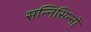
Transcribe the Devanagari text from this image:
सन्निसिन्नो